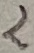
Text: 2